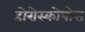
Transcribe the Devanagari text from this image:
होरोस्कोपोस